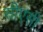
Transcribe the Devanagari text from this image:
सीएसी